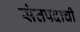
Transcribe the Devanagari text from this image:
संतपदाची